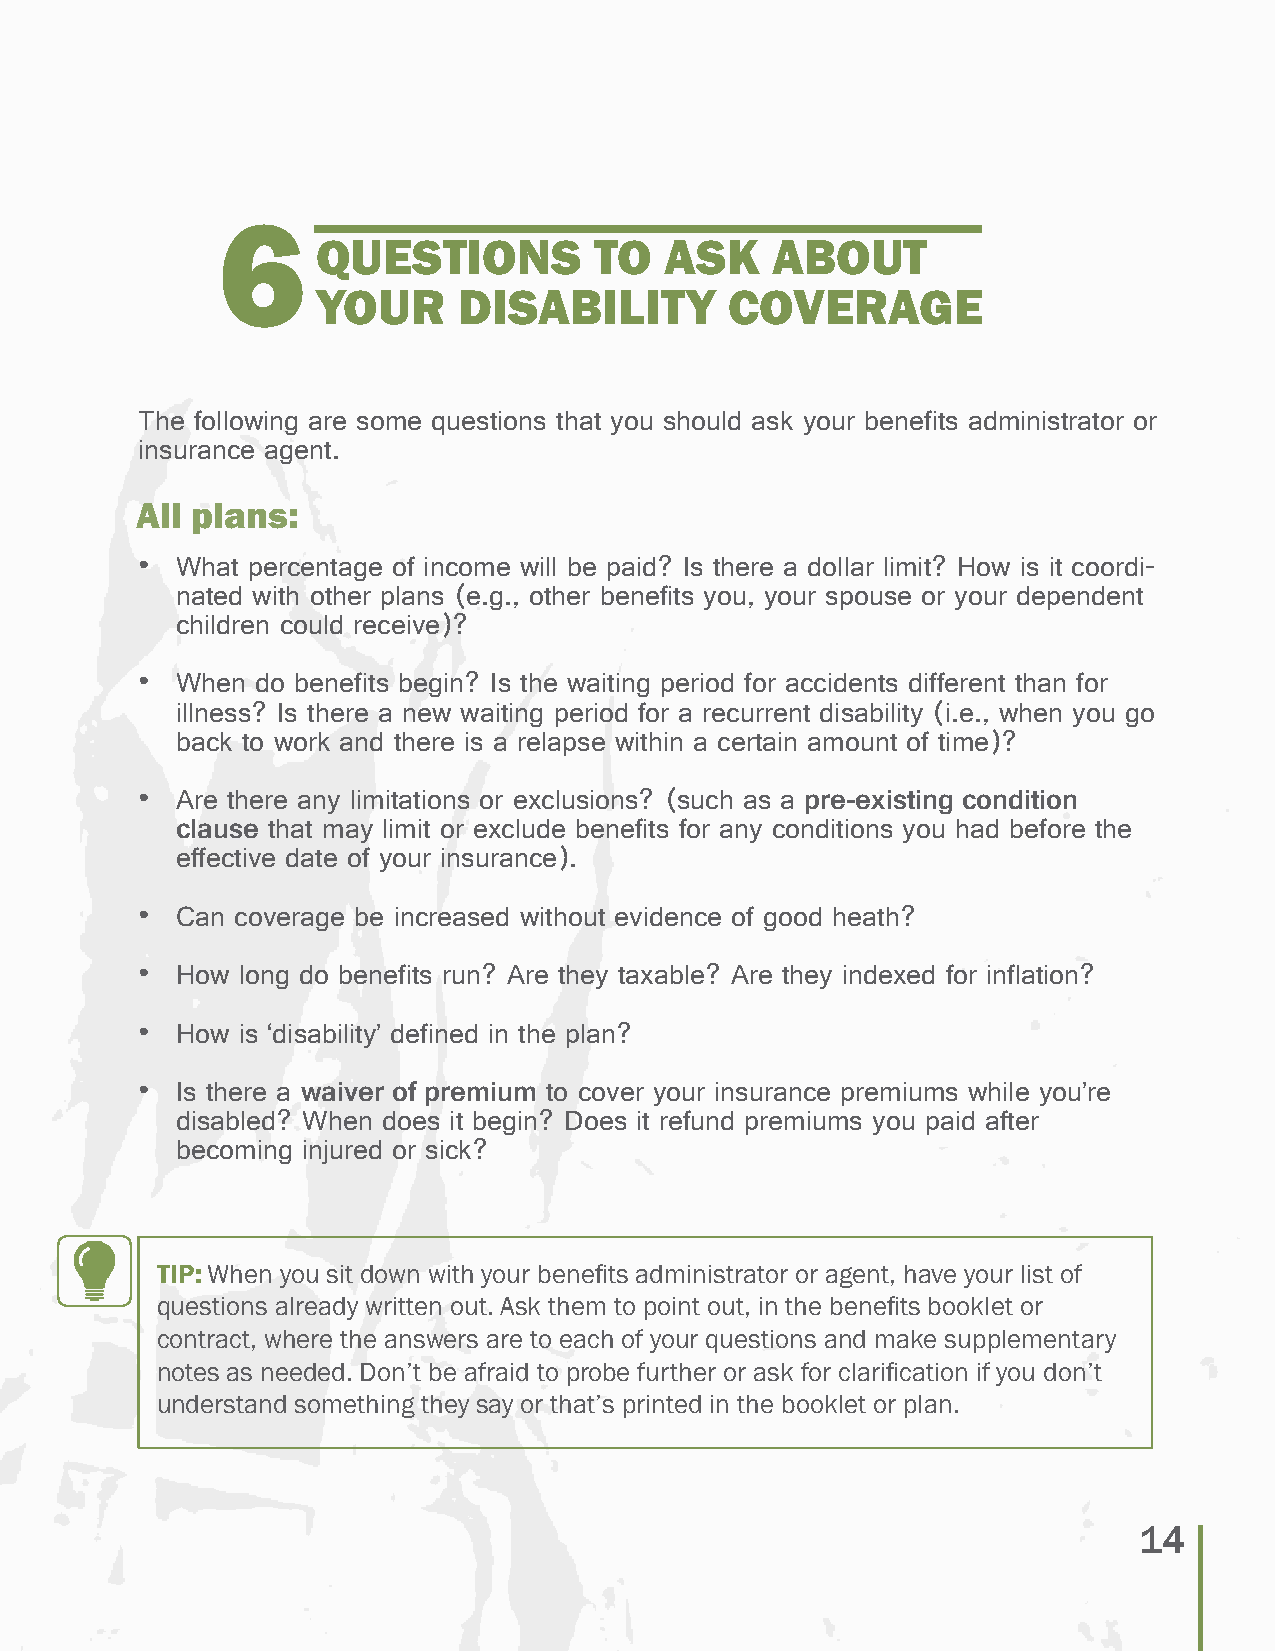
6
 QUESTIONS         TO   ASK    ABOUT
 YOUR     DISABILITY        COVERAGE
 The following are some questions that you should ask your benefits administrator or
 insurance agent.
 All plans:
 •  What percentage of income will be paid? Is there a dollar limit? How is it coordi-
 nated with other plans (e.g., other benefits you, your spouse or your dependent
 children could receive)?
 •  When do benefits begin? Is the waiting period for accidents different than for
 illness? Is there a new waiting period for a recurrent disability (i.e., when you go
 back to work and there is a relapse within a certain amount of time)?
 •  Are there any limitations or exclusions? (such as a pre-existing condition
 clause that may limit or exclude benefits for any conditions you had before the
 effective date of your insurance).
 •  Can coverage be increased without evidence of good heath?
 •  How long do benefits run? Are they taxable? Are they indexed for inflation?
 •  How is ‘disability’ defined in the plan?
 •  Is there a waiver of premium to cover your insurance premiums while you’re
 disabled? When does it begin? Does it refund premiums you paid after
 becoming injured or sick?
 TIP: When you sit down with your benefits administrator or agent, have your list of
 questions already written out. Ask them to point out, in the benefits booklet or
 contract, where the answers are to each of your questions and make supplementary
 notes as needed. Don’t be afraid to probe further or ask for clarification if you don’t
 understand something they say or that’s printed in the booklet or plan.
 14